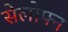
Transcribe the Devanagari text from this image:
सेलोफ्न